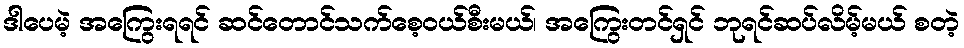
ဒါပေမဲ့ အကြွေးရရင် ဆင်တောင်သက်စေ့ဝယ်စီးမယ်၊ အကြွေးတင်ရှင် ဘုရင်ဆပ်လိမ့်မယ် စတဲ့